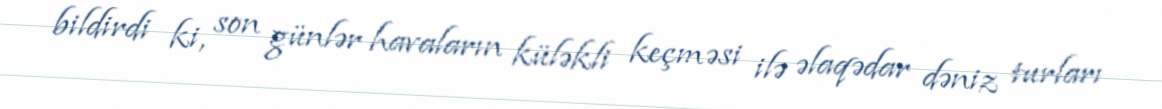
bildirdi ki, son günlər havaların küləkli keçməsi ilə əlaqədar dəniz turları